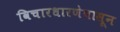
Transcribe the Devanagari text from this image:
विचारधारणेपासून